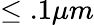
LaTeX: \leq.1\mu m